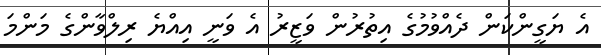
އެ ޔަގީންކަން ދެއްވުމުގެ އިތުރުން ވަޒީރު އެ ވަނީ އިއްޔެ ރިލްވާންގެ މަންމަ